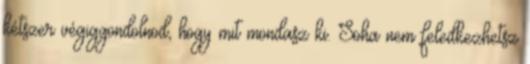
kétszer végiggondolnod, hogy mit mondasz ki. Soha nem feledkezhetsz